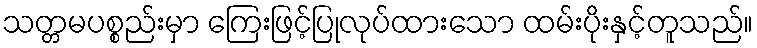
သတ္တမပစ္စည်းမှာ ကြေးဖြင့်ပြုလုပ်ထားသော ထမ်းပိုးနှင့်တူသည်။